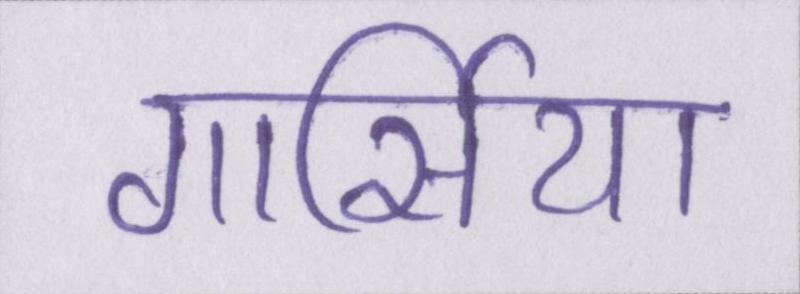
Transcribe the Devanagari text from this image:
गार्सिया